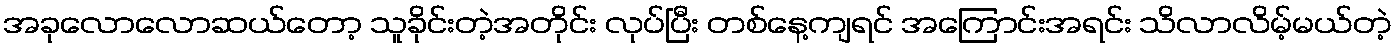
အခုလောလောဆယ်တော့ သူခိုင်းတဲ့အတိုင်း လုပ်ပြီး တစ်နေ့ကျရင် အကြောင်းအရင်း သိလာလိမ့်မယ်တဲ့